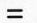
=